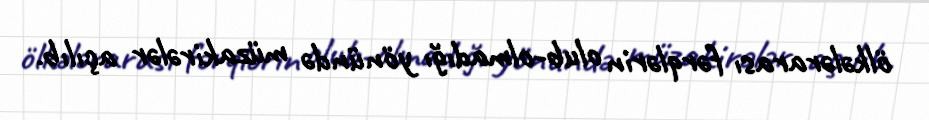
ölkələrarası fərqlərin olub-olmadığı yönündə müzakirələr açılıb.